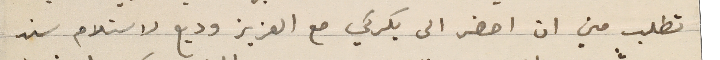
تطلب مني ان احضر الى بكركي مع العزيز وديع لاستلام سند